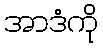
အာဒံကို